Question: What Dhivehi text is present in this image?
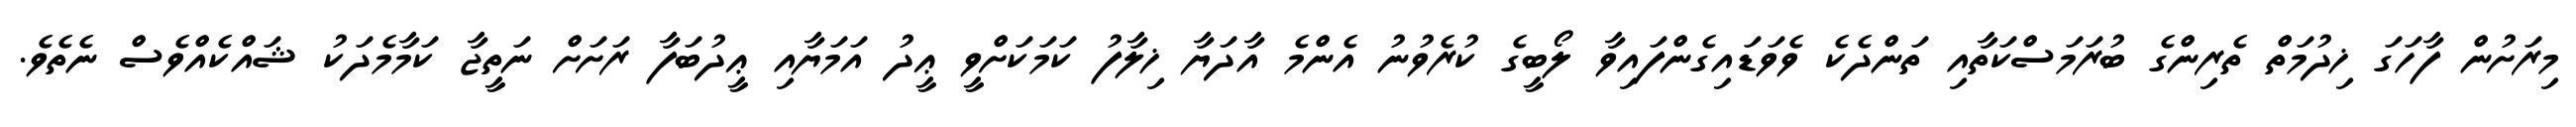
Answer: މިރަށުން ފާހަގަ ޚިދުމަތް ތެރިންގެ ބުރަމަސްކަތާއި ތަންދެކެ ވެވަޑައިގެންފައިވާ ލޯބީގެ ކުރެވުނު އެންމެ އާދަޔާ ޚިލާފު ކަމަކަށްވީ ޢީދު އަމަޔާއި ޢީދުބަފާ ރަށަށް ނަތީޖާ ކަމާމެދަކު ޝައްކެއްވެސް ނެތެވެ.